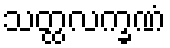
သတ္ထလက္ခဏံ